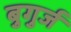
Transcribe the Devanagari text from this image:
बुगुर्ज